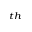
^ { t h }